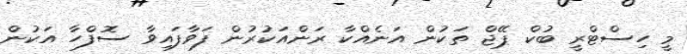
މީ ހިސްޓްރީ ބުކް ޕޭޖް ތަކުން އަނެއްކާ ރަންއަކުރުން ފަވާފައިވާ ސޮފްހާ އަކުން